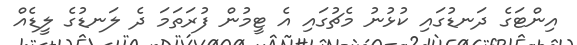
އިންޓަގެ ދަނޑުގައި ކުޅުނު މެޗުގައި އެ ޓީމުން ފުރަތަމަ ދެ ލަނޑުގެ ލީޑެއް